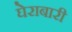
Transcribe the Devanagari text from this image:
घेराबारी